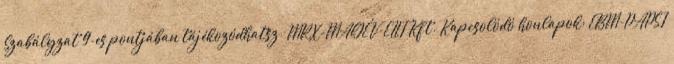
Szabályzat 9-es pontjában tájékozódhatsz. MRX-MAGÉV-ELIT Kft. Kapcsolódó honlapok: EBM-PAPST